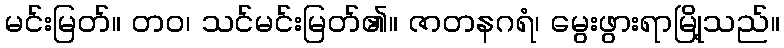
မင်းမြတ်။ တဝ၊ သင်မင်းမြတ်၏။ ဇာတနဂရံ၊ မွေးဖွားရာမြို့သည်။